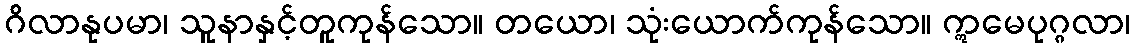
ဂိလာနုပမာ၊ သူနာနှင့်တူကုန်သော။ တယော၊ သုံးယောက်ကုန်သော။ ဣမေပုဂ္ဂလာ၊